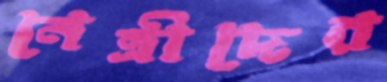
নেত্রীদের